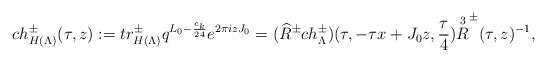
\begin{align*}ch^{\pm}_{H(\Lambda)}(\tau, z):=tr^{\pm}_{H(\Lambda)} q^{L_0-\frac{c_k}{24}} e^{2\pi izJ_0}= (\widehat{R}^{\pm} ch^{\pm}_{\Lambda})(\tau,-\tau x+J_0z,\frac{\tau}{4})\overset{3}{R}^{\pm}(\tau,z)^{-1},\end{align*}